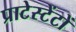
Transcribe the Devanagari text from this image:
प्राटेस्टेंटों